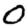
Digit: 0